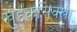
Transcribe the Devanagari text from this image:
खुद्दकसिक्खा